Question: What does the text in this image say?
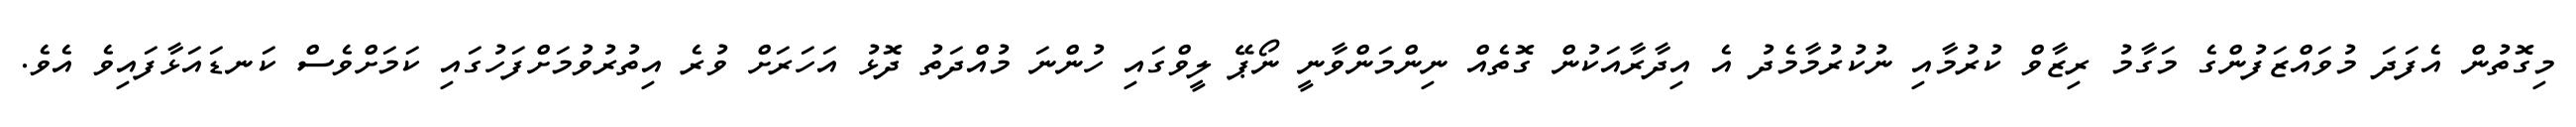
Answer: މިގޮތުން އެފަދަ މުވައްޒަފުންގެ މަގާމު ރިޒާވް ކުރުމާއި ނުކުރުމާމެދު އެ އިދާރާއަކުން ގޮތެއް ނިންމަންވާނީ ނޯޕޭ ލީވްގައި ހުންނަ މުއްދަތު ދޮޅު އަހަރަށް ވުރެ އިތުރުވުމަށްފަހުގައި ކަމަށްވެސް ކަނޑައަޅާފައިވެ އެވެ.